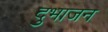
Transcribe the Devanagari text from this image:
दुभाजन